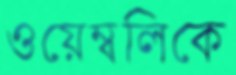
ওয়েম্বলিকে